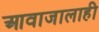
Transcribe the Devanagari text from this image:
आवाजालाही